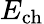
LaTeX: E_{\mathrm{ch}}